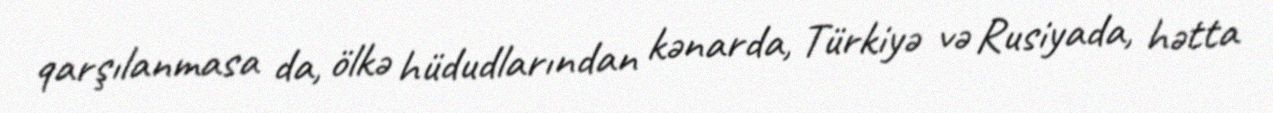
qarşılanmasa da, ölkə hüdudlarından kənarda, Türkiyə və Rusiyada, hətta